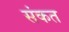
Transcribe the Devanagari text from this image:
संकत